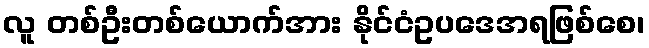
လူ တစ်ဦးတစ်ယောက်အား နိုင်ငံဥပဒေအရဖြစ်စေ၊